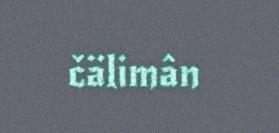
čälimân